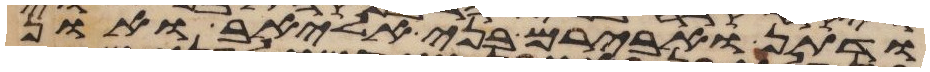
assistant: ודתן ואבירם בני אליאב ואון